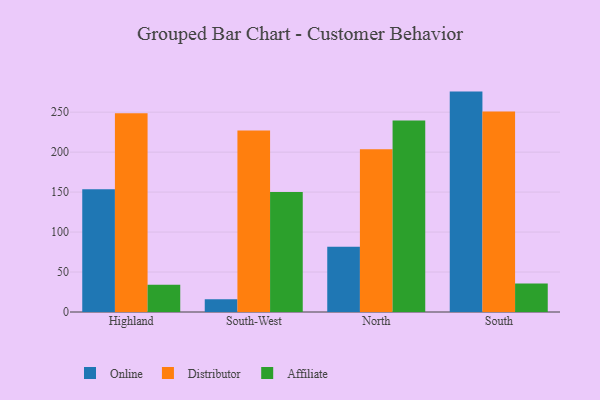
{"axis": {"x": "Region", "y": "Waste Production (Tons)"}, "legend": ["Affiliate", "Distributor", "Online"], "data": [{"x": "Highland", "y": 153.6, "type": "Online"}, {"x": "Highland", "y": 248.7, "type": "Distributor"}, {"x": "Highland", "y": 34.1, "type": "Affiliate"}, {"x": "South-West", "y": 16.1, "type": "Online"}, {"x": "South-West", "y": 227.0, "type": "Distributor"}, {"x": "South-West", "y": 150.0, "type": "Affiliate"}, {"x": "North", "y": 81.6, "type": "Online"}, {"x": "North", "y": 203.6, "type": "Distributor"}, {"x": "North", "y": 239.5, "type": "Affiliate"}, {"x": "South", "y": 275.7, "type": "Online"}, {"x": "South", "y": 250.8, "type": "Distributor"}, {"x": "South", "y": 35.7, "type": "Affiliate"}]}